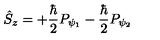
\hat { S } _ { z } = + \frac { \hbar } 2 P _ { \psi _ { 1 } } - \frac { \hbar } 2 P _ { \psi _ { 2 } }